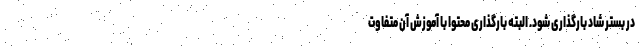
در بستر شاد بارگذاری شود. البته بارگذاری محتوا با آموزش آن متفاوت